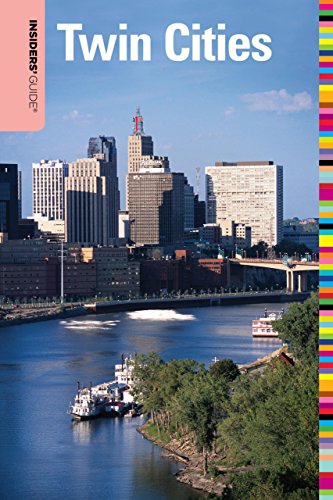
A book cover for Insiders' GuideÂ® to the Twin Cities, 6th (Insiders' Guide Series); Todd R. Berger; Travel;